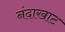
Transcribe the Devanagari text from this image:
नंदाखाट